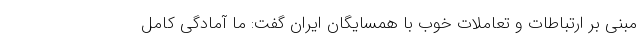
مبنی بر ارتباطات و تعاملات خوب با همسایگان ایران گفت: ما آمادگی کامل